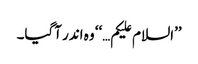
’’السلام علیکم…‘‘ وہ اندر آگیا۔